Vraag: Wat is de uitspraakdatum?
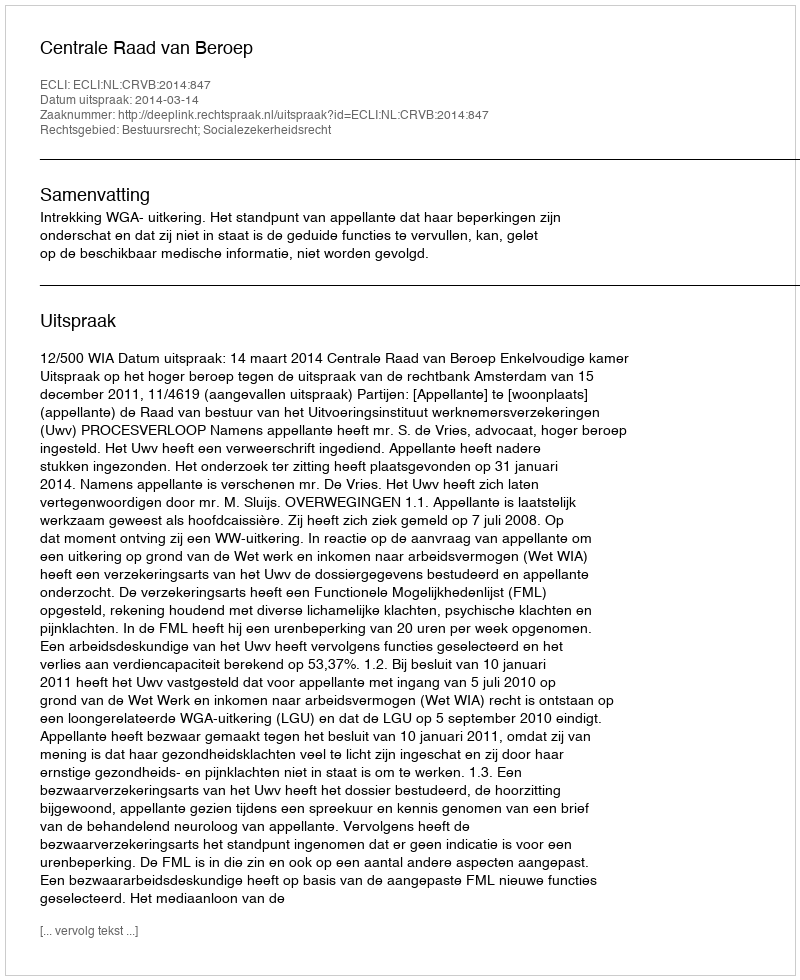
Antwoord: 2014-03-14